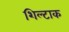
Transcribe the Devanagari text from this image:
शिल्टाक